Report of the King Institute of Preventive Medicine, Guindy
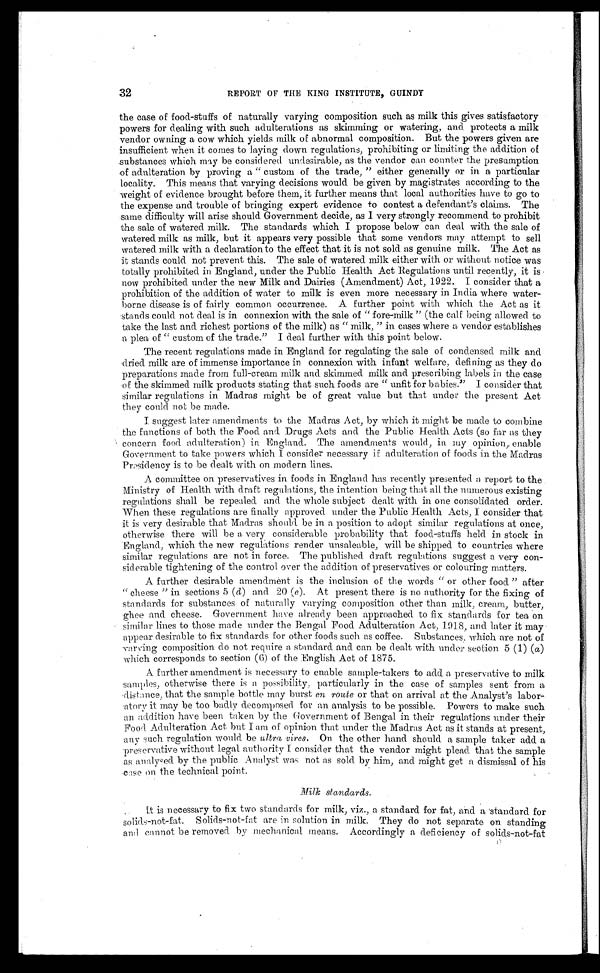
32
REPORT OF THE KING INSTITUTE, GUINDY
the case of food-stuffs of naturally varying composition such as milk this gives satisfactory
powers for dealing with such adulterations as skimming or watering, and protects a milk
vendor owning a cow which yields milk of abnormal composition. But the powers given are
insufficient when it comes to laying down regulations, prohibiting or limiting the addition of
substances which may be considered undesirable, as the vendor can counter the presumption
of adulteration by proving a "custom of the trade," either generally or in a particular
locality. This means that varying decisions would be given by magistrates according to the
weight of evidence brought before them, it further means that local authorities have to go to
the expense and trouble of bringing expert evidence to contest a defendant's claims. The
same difficulty will arise should Government decide, as I very strongly recommend to prohibit
the sale of watered milk. The standards which I propose below can deal with the sale of
watered milk as milk, but it appears very possible that some vendors may attempt to sell
watered milk with a declaration to the effect that it is not sold as genuine milk. The Act as
it stands could not prevent this. The sale of watered milk either with or without notice was
totally prohibited in England, under the Public Health Act Regulations until recently, it is
now prohibited under the new Milk and Dairies (Amendment) Act, 1922. I consider that a
prohibition of the addition of water to milk is even more necessary in India where water
-borne disease is of fairly common occurrence. A further point with which the Act as it
stands could not deal is in connexion with the sale of "fore-milk" (the calf being allowed to
take the last and richest portions of the milk) as "milk," in cases where a vendor establishes
a plea of "custom of the trade." I deal further with this point below.
The recent regulations made in England for regulating the sale of condensed milk and
dried milk are of immense importance in connexion with infant welfare, defining as they do
preparations made from full-cream milk and skimmed milk and prescribing labels in the case
of the skimmed milk products stating that such foods are "unfit for babies." I consider that
similar regulations in Madras might be of great value but that under the present Act
they could not be made.
I suggest later amendments to the Madras Act, by which it might be made to combine
the functions of both the Food and Drugs Acts and the Public Health Acts (so far as they
concern food adulteration) in England. The amendments would, in my opinion, enable
Government to take powers which I consider necessary if adulteration of foods in the Madras
Presidency is to be dealt with on modern lines.
A committee on preservatives in foods in England has recently presented a report to the
Ministry of Health with draft regulations, the intention being that all the numerous existing
regulations shall be repealed and the whole subject dealt with in one consolidated order.
When these regulations are finally approved under the Public Health Acts, I consider that
it is very desirable that Madras should be in a position to adopt similar regulations at once,
otherwise there will be a very considerable probability that food-stuffs held in stock in
England, which the new regulations render unsaleable, will be shipped to countries where
similar regulations are not in force. The published draft regulations suggest a very con
- s i d e r a b l e t i g h t e n i n g o f t h e c o n t r o l o v e r t h e a d d i t i o n o f p r e s e r v a t i v e s o r c o l o u r i n g m a t t e r s .
A further desirable amendment is the inclusion of the words "or other food" after
"cheese" in sections 5 ( d ) and 20 ( e ). At present there is no authority for the fixing of
standards for substances of naturally varying composition other than milk, cream, butter,
ghee and cheese. Government have already been approached to fix standards for tea on
similar lines to those made under the Bengal Food Adulteration Act, 1918, and later it may
appear desirable to fix standards for other foods such as coffee. Substances which are not of
varying composition do not require a standard and can be dealt with under section 5 (1) ( a)
which corresponds to section (6) of the English Act of 1875.
A further amendment is necessary to enable sample-takers to add a preservative to milk
samples, otherwise there is a possibility, particularly in the case of samples sent from a
distance, that the sample bottle may burst en route or that on arrival at the Analyst's labor
- a t o r y i t m a y b e t o o b a d l y d e c o m p o s e d f o r a n a n a l y s i s t o b e p o s s i b l e . P o w e r s t o m a k e s u c h
an addition have been taken by the Government of Bengal in their regulations under their
Food Adulteration Act but I am of opinion that under the Madras Act as it stands at present,
any such regulation would be ultra vires. On the other hand should a sample taker add a
preservative without legal authority I consider that the vendor might plead that the sample
as analysed by the public Analyst was not as sold by him, and might get a dismissal of his
case on the technical point.
Milk standards.
It is necessary to fix two standards for milk, viz., a standard for fat, and a standard for
solids-not-fat. Solids-not-fat are in solution in milk. They do not separate on standing
and cannot be removed by mechanical means. Accordingly a deficiency of solids-not-fat